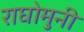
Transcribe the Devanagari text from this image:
राघोमुनी